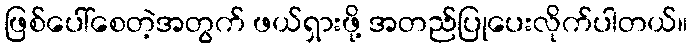
ဖြစ်ပေါ်စေတဲ့အတွက် ဖယ်ရှားဖို့ အတည်ပြုပေးလိုက်ပါတယ်။